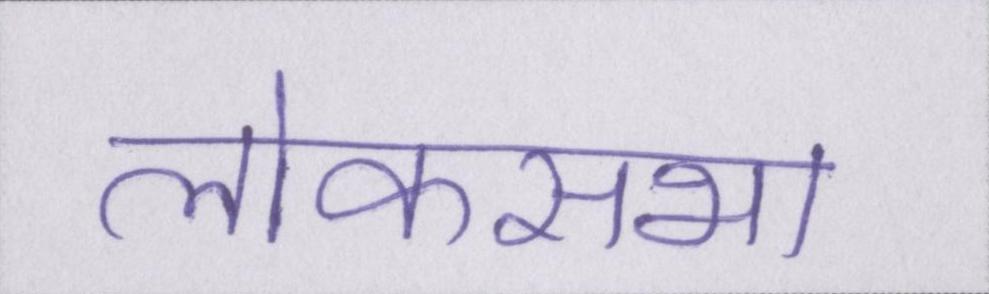
लोकसभा